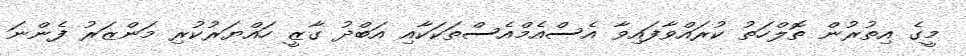
މީގެ އިތުރުން ތޮލްހަތު ކުރައްވާފައިވާ އެސްއެމްއެސްތަކަކާއި އަބްދު ގާޒީ ހައްޔަރުކުރި މަންޒަރު ފެންނަ